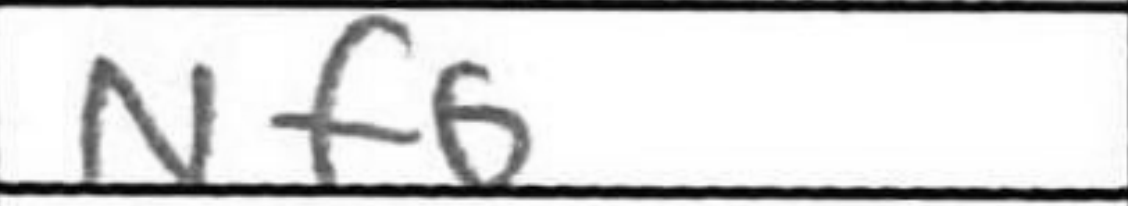
Transcription: Nf6